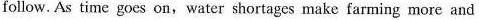
follow. As time goes on,water shortages make farming more and